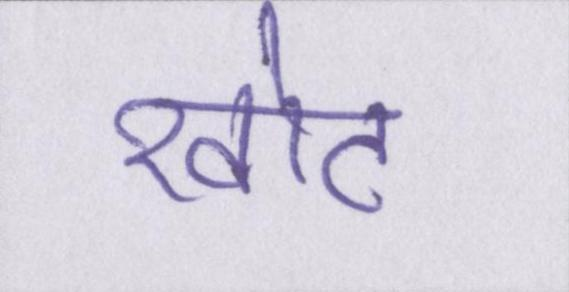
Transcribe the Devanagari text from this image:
खोट